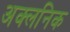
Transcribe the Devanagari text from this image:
अक्लनिक